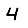
Digit: 4